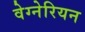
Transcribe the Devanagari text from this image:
वेग्नेरियन